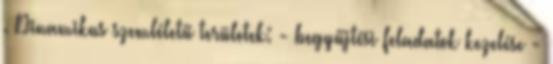
. Dinamikus szemléletű területek: - begyűjtési feladatok kezelése -